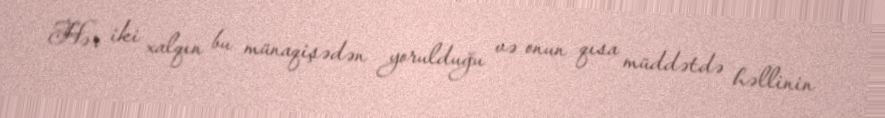
Hər iki xalqın bu münaqişədən yorulduğu və onun qısa müddətdə həllinin